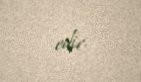
edir.